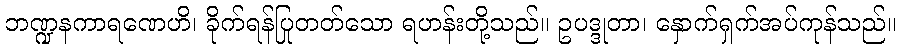
ဘဏ္ဍနကာရဏေဟိ၊ ခိုက်ရန်ပြုတတ်သော ရဟန်းတို့သည်။ ဥပဒ္ဒုတာ၊ နှောက်ရှက်အပ်ကုန်သည်။